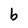
Character: b